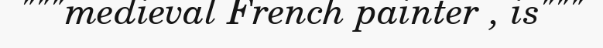
"""medieval French painter , is"""